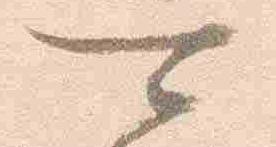
可